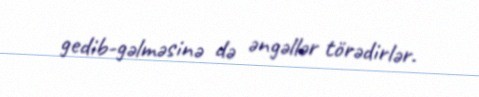
gedib-gəlməsinə də əngəllər törədirlər.